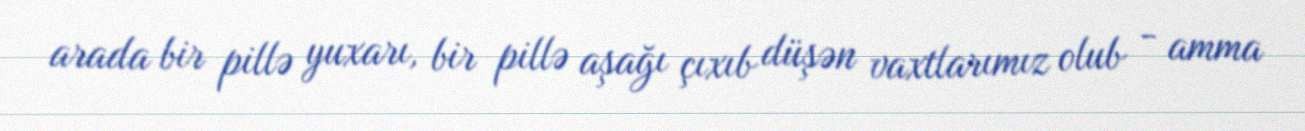
arada bir pillə yuxarı, bir pillə aşağı çıxıb düşən vaxtlarımız olub - amma